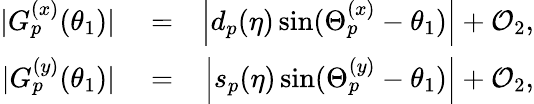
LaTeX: \begin{array}{rlr}{\vert G_{p}^{(x)}(\theta_{1})\vert}&{{}=}&{\left\vert d_{p}(\eta)\sin(\Theta_{p}^{(x)}-\theta_{1})\right\vert+\mathcal{O}_{2},}\\ {\vert G_{p}^{(y)}(\theta_{1})\vert}&{{}=}&{\left\vert s_{p}(\eta)\sin(\Theta_{p}^{(y)}-\theta_{1})\right\vert+\mathcal{O}_{2},}\end{array}